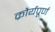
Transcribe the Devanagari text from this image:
क्रौर्यपूर्ण